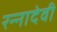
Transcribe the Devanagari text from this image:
रन्‍नादेवी